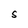
Character: S